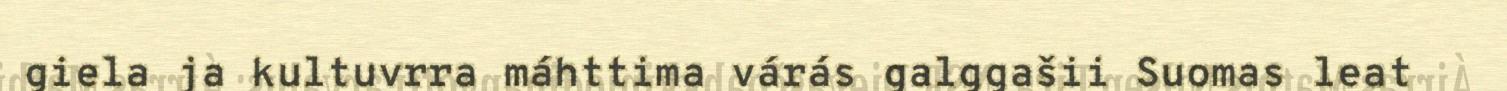
giela ja kultuvrra máhttima várás galggašii Suomas leat